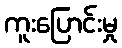
ကူးပြောင်းမှု